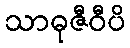
သာဓုဇီဝီပိ